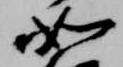
如